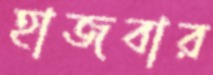
হাজবার